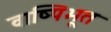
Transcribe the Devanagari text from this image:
वाष्पिभूत